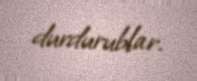
durdurublar.